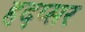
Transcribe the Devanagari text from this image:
हदप्सर